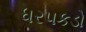
ધરપકડો